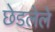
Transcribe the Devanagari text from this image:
छेडलेले